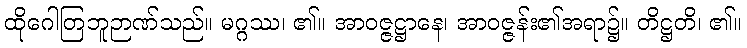
ထိုဂေါတြဘူဉာဏ်သည်။ မဂ္ဂဿ၊ ၏။ အာဝဇ္ဇဋ္ဌာနေ၊ အာဝဇ္ဇန်း၏အရာ၌။ တိဋ္ဌတိ၊ ၏။